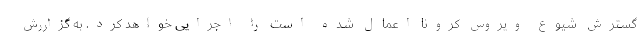
گسترش شیوع ویروس کرونا اعمال شده است را اجرایی خواهد کرد. به گزاررش